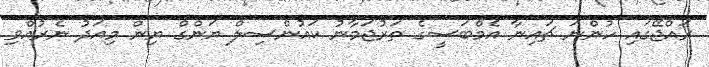
ރައްޖޭގައި ހުންނަ ޗައިނާ އެމްބަސީގެ ތަރުޖަމާނު ކައުންސިލް ޔަންގް ޔިން މިއަދު ނެރުއްވި